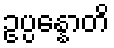
ဥပ္ပန္နောတိ